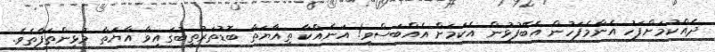
ދެއްކުމަށްފަހު އެންމެފަހުން އެބޭފުޅުން އެކަމަށް އެއްބަސްވި! އަނެއްކާ ތިއާޔަތާ ބޮޑުތަރުތީބުގައިވާ އާޔަތާ މުޅިންތަފާތެވެ.